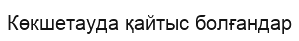
Көкшетауда қайтыс болғандар